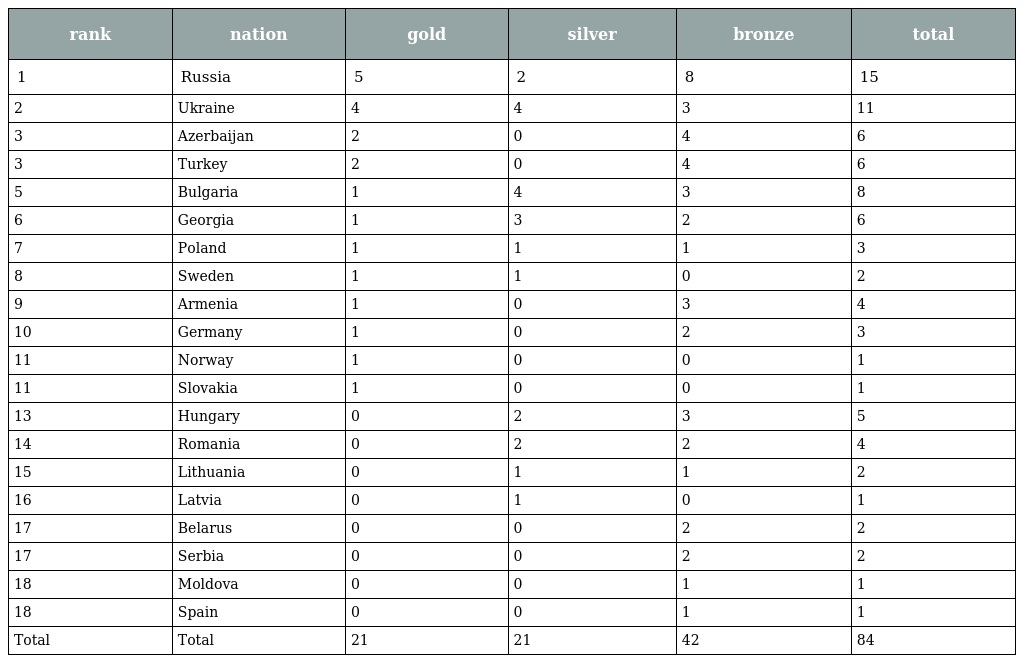
| rank | nation | gold | silver | bronze | total |
 | --- | --- | --- | --- | --- | --- |
 | 1 | Russia | 5 | 2 | 8 | 15 |
 | 2 | Ukraine | 4 | 4 | 3 | 11 |
 | 3 | Azerbaijan | 2 | 0 | 4 | 6 |
 | 3 | Turkey | 2 | 0 | 4 | 6 |
 | 5 | Bulgaria | 1 | 4 | 3 | 8 |
 | 6 | Georgia | 1 | 3 | 2 | 6 |
 | 7 | Poland | 1 | 1 | 1 | 3 |
 | 8 | Sweden | 1 | 1 | 0 | 2 |
 | 9 | Armenia | 1 | 0 | 3 | 4 |
 | 10 | Germany | 1 | 0 | 2 | 3 |
 | 11 | Norway | 1 | 0 | 0 | 1 |
 | 11 | Slovakia | 1 | 0 | 0 | 1 |
 | 13 | Hungary | 0 | 2 | 3 | 5 |
 | 14 | Romania | 0 | 2 | 2 | 4 |
 | 15 | Lithuania | 0 | 1 | 1 | 2 |
 | 16 | Latvia | 0 | 1 | 0 | 1 |
 | 17 | Belarus | 0 | 0 | 2 | 2 |
 | 17 | Serbia | 0 | 0 | 2 | 2 |
 | 18 | Moldova | 0 | 0 | 1 | 1 |
 | 18 | Spain | 0 | 0 | 1 | 1 |
 | Total | Total | 21 | 21 | 42 | 84 |